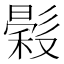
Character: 𢒳